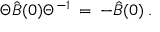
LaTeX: \Theta { \hat { B } ( 0 ) } { \Theta } ^ { - 1 } \: = \: - { \hat { B } ( 0 ) } \: .